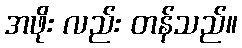
အဖိုး လည်း တန်သည်။